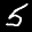
Label: 5